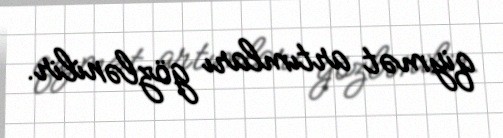
qiymət artımları gözlənilir.